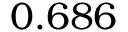
0 . 6 8 6